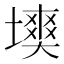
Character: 𡑽